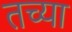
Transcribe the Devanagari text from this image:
तच्या